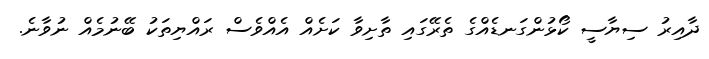
ދާއިރު ސިޔާސީ ކޯޅުންގަނޑެއްގެ ތެރޭގައި ތާށިވާ ކަށެއް އެއްވެސް ރައްޔިތަކު ބޭނުމެއް ނުވާނެ.